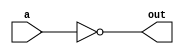
`timescale 1ns / 1ps

module not1x1(
  input  a,
  output  out
  );

  not gate1(out,a);  

endmodule